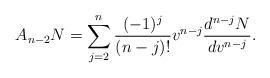
LaTeX: \begin{align*} A_{n-2}N=\sum_{j=2}^n\frac{(-1)^j}{(n-j)!}v^{n-j}\frac{d^{n-j}N}{dv^{n-j}}.\end{align*}